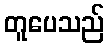
တူပေသည်